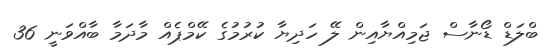
ބްލަޑް ޑޯނާސް ޖަމިއްޔާއިން ލޭ ހަދިޔާ ކުރުމުގެ ކޭމްޕެއް މާދަމާ ބާއްވަނީ 36